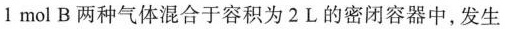
1mol B两种气体混合于容积为2 L的密闭容器中，发生